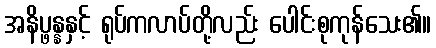
အနိပ္ဖန္နနှင့် ရုပ်ကလာပ်တို့လည်း ပေါင်းစုကုန်သေး၏။